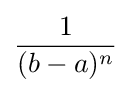
{\frac {1}{(b-a)^{n}}}